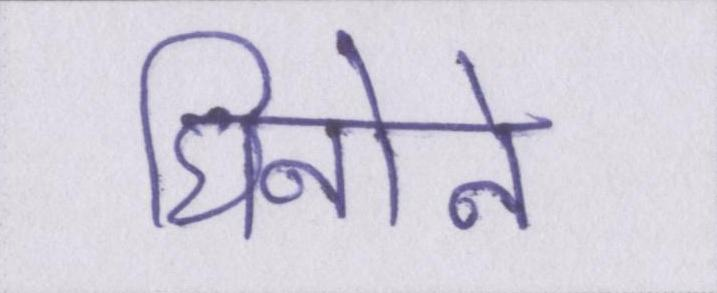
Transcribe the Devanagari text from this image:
घिनोने